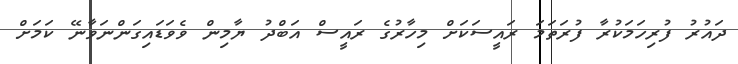
ދައުރު ފުރިހަމަކުރާ ފުރަތަމަ ރައީސަކަށް މިހާރުގެ ރައީސް އަބްދު ޔާމިން ވެވަޑައިގަންނަވާނޭ ކަމަށް